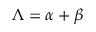
\Lambda = \alpha + \beta